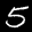
Label: 5